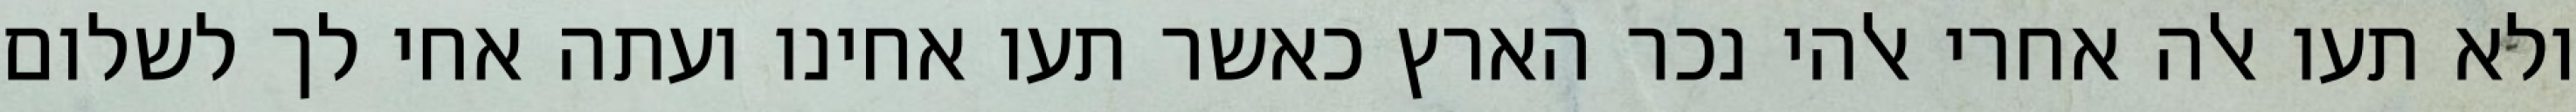
ולא תעו אלה אחרי אלהי נכר הארץ כאשר תעו אחינו ועתה אחי לך לשלום